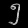
Digit: ၅